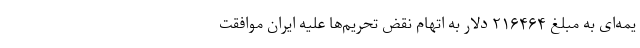
یمه‌ای به مبلغ ۲۱۶۴۶۴ دلار به اتهام نقض تحریم‌ها علیه ایران موافقت